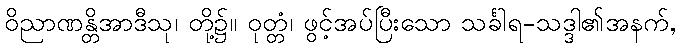
ဝိညာဏန္တိအာဒီသု၊ တို့၌။ ဝုတ္တံ၊ ဖွင့်အပ်ပြီးသော သင်္ခါရ-သဒ္ဒါ၏အနက်,